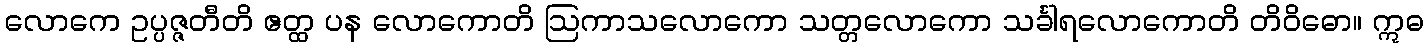
လောကေ ဥပ္ပဇ္ဇတီတိ ဧတ္ထ ပန လောကောတိ ဩကာသလောကော သတ္တလောကော သင်္ခါရလောကောတိ တိဝိဓော။ ဣဓ